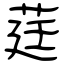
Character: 莛